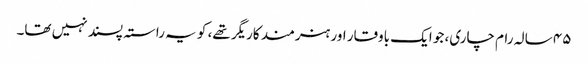
۴۵ سالہ رام چاری، جو ایک باوقار اور ہنرمند کاریگر تھے، کو یہ راستہ پسند نہیں تھا۔